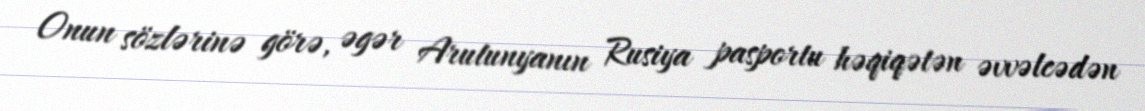
Onun sözlərinə görə, əgər Arutunyanın Rusiya pasportu həqiqətən əvvəlcədən